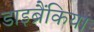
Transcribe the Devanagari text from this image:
डाइब्रैंकिया